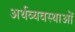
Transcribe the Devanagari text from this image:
अर्थव्यवस्थाआें